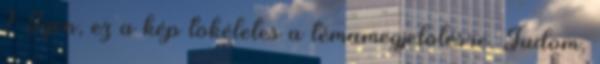
? Igen, ez a kép tökéletes a témamegjelölésre. Tudom,